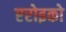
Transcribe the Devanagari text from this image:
एरोइको